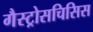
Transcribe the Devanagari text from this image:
गैस्ट्रोसचिसिस